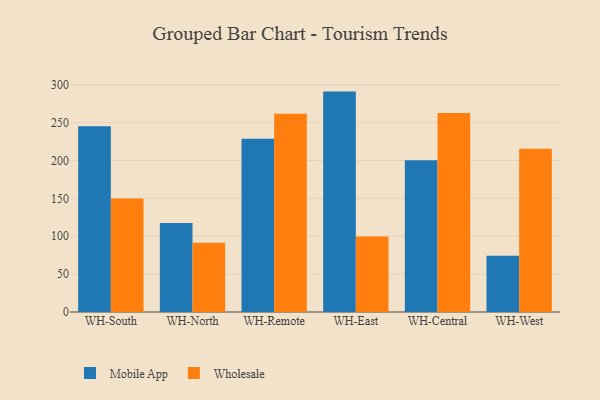
{"axis": {"x": "Warehouse", "y": "Churn Rate (%)"}, "legend": ["Mobile App", "Wholesale"], "data": [{"x": "WH-South", "y": 245.2, "type": "Mobile App"}, {"x": "WH-South", "y": 150.0, "type": "Wholesale"}, {"x": "WH-North", "y": 117.4, "type": "Mobile App"}, {"x": "WH-North", "y": 91.5, "type": "Wholesale"}, {"x": "WH-Remote", "y": 228.6, "type": "Mobile App"}, {"x": "WH-Remote", "y": 261.8, "type": "Wholesale"}, {"x": "WH-East", "y": 291.0, "type": "Mobile App"}, {"x": "WH-East", "y": 99.7, "type": "Wholesale"}, {"x": "WH-Central", "y": 200.5, "type": "Mobile App"}, {"x": "WH-Central", "y": 262.7, "type": "Wholesale"}, {"x": "WH-West", "y": 74.2, "type": "Mobile App"}, {"x": "WH-West", "y": 215.6, "type": "Wholesale"}]}